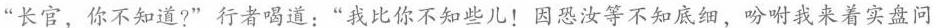
“长官，你不知道?”行者喝道：“我比你不知些儿！因恐汝等不知底细，吩咐我来着实盘问